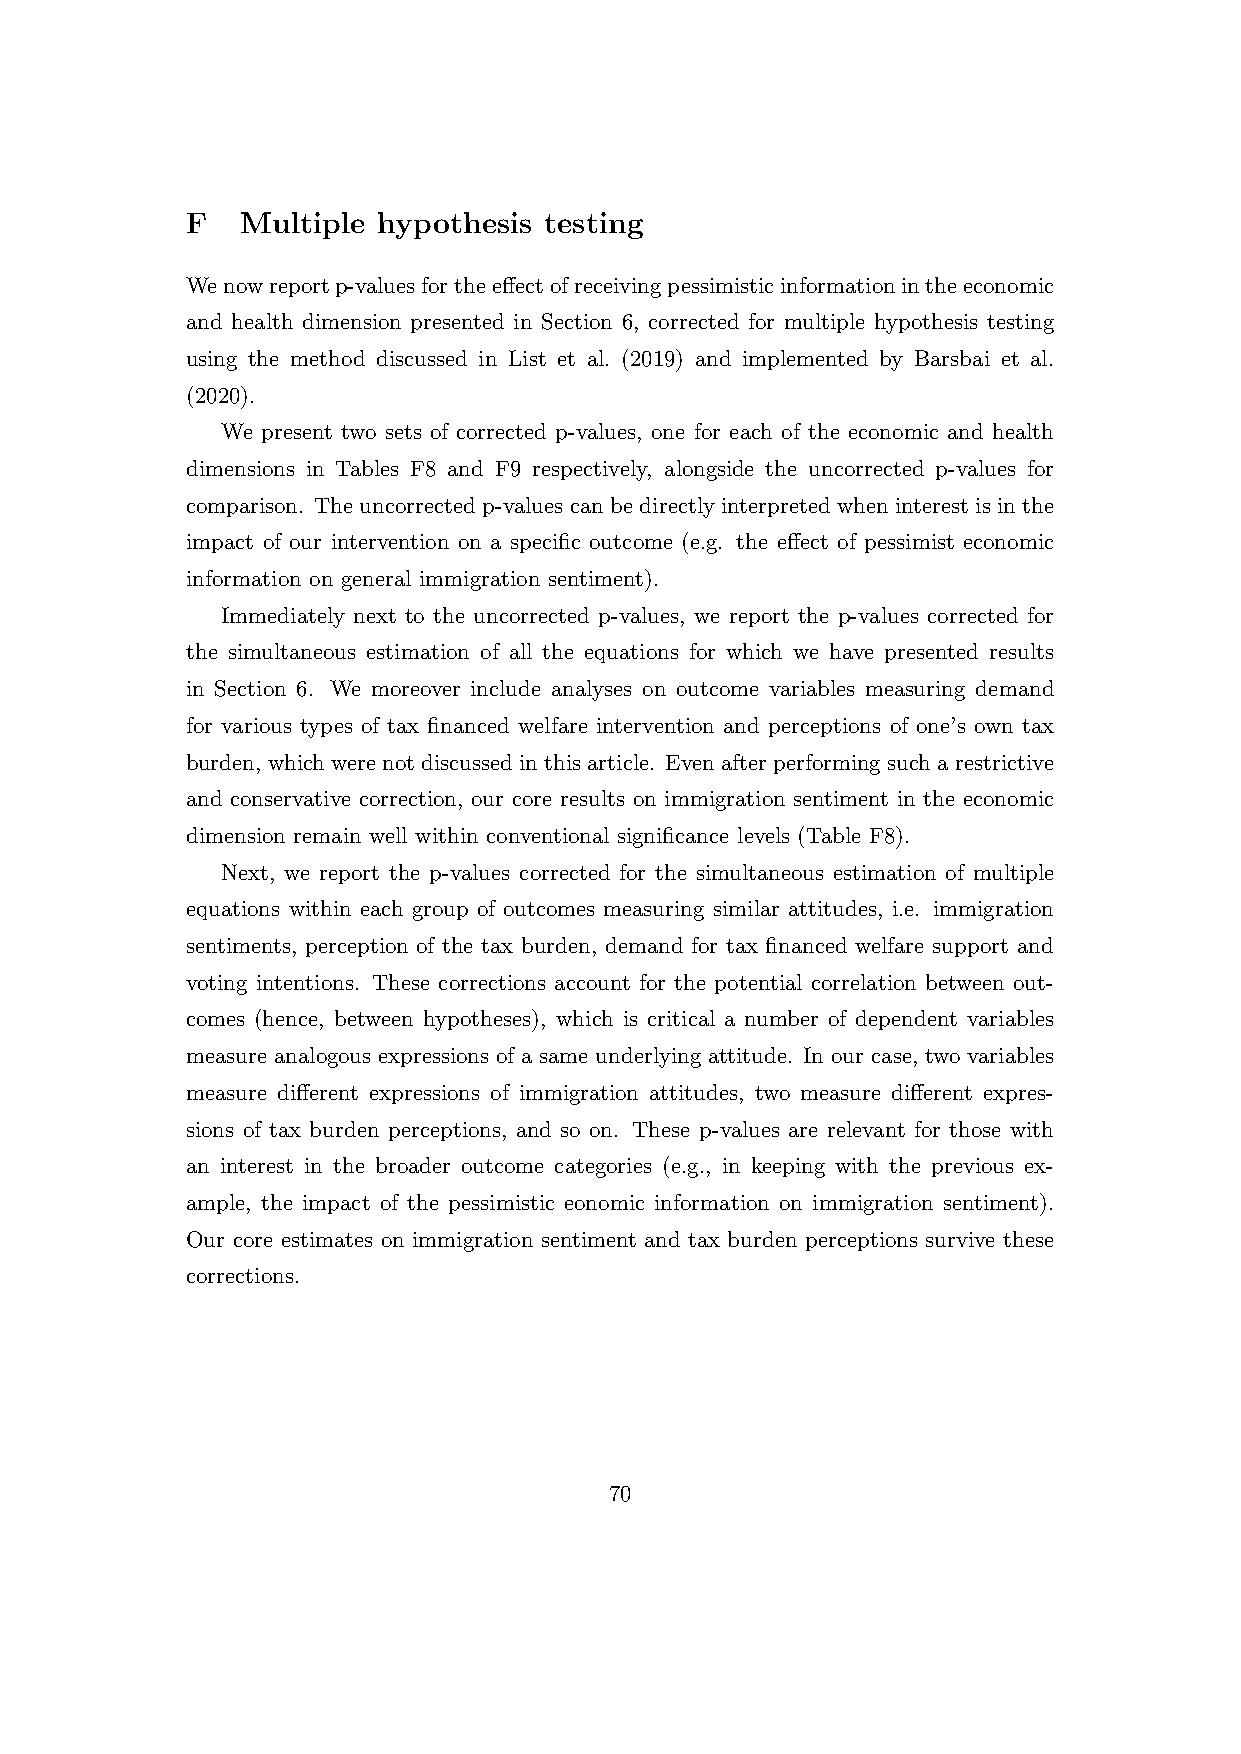
F   Multiple hypothesis testing
 Wenowreportp-valuesfortheeffectofreceivingpessimisticinformationintheeconomic
 and health dimension presented in Section 6, corrected for multiple hypothesis testing
 using the method discussed in List et al. (2019) and implemented by Barsbai et al.
 (2020).
 We present two sets of corrected p-values, one for each of the economic and health
 dimensions in Tables F8 and F9 respectively, alongside the uncorrected p-values for
 comparison. The uncorrected p-values can be directly interpreted when interest is in the
 impact of our intervention on a specific outcome (e.g. the effect of pessimist economic
 information on general immigration sentiment).
 Immediately next to the uncorrected p-values, we report the p-values corrected for
 the simultaneous estimation of all the equations for which we have presented results
 in Section 6. We moreover include analyses on outcome variables measuring demand
 for various types of tax financed welfare intervention and perceptions of one’s own tax
 burden, whichwerenotdiscussedinthisarticle. Evenafterperformingsucharestrictive
 and conservative correction, our core results on immigration sentiment in the economic
 dimension remain well within conventional significance levels (Table F8).
 Next, we report the p-values corrected for the simultaneous estimation of multiple
 equations within each group of outcomes measuring similar attitudes, i.e. immigration
 sentiments, perception of the tax burden, demand for tax financed welfare support and
 voting intentions. These corrections account for the potential correlation between out-
 comes (hence, between hypotheses), which is critical a number of dependent variables
 measure analogous expressions of a same underlying attitude. In our case, two variables
 measure different expressions of immigration attitudes, two measure different expres-
 sions of tax burden perceptions, and so on. These p-values are relevant for those with
 an interest in the broader outcome categories (e.g., in keeping with the previous ex-
 ample, the impact of the pessimistic eonomic information on immigration sentiment).
 Our core estimates on immigration sentiment and tax burden perceptions survive these
 corrections.
 70